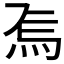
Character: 𭴚